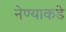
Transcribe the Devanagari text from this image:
नेण्याकडे